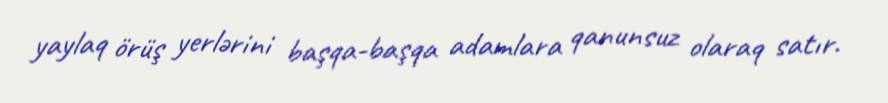
yaylaq örüş yerlərini başqa-başqa adamlara qanunsuz olaraq satır.